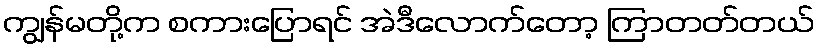
ကျွန်မတို့က စကားပြောရင် အဲဒီလောက်တော့ ကြာတတ်တယ်